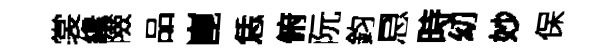
裳纔險品崑恁俯阮鈞㤙時㓜妙保